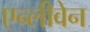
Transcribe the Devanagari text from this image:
एन्लीवेन